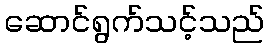
ဆောင်ရွက်သင့်သည်